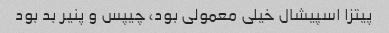
پیتزا اسپیشال خیلی معمولی بود، چیپس و پنیر بد بود